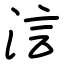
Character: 𣵧